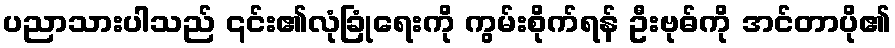
ပညာသားပါသည် ၎င်း၏လုံခြုံရေးကို ကွမ်းစိုက်ရန် ဦးဗုဓ်ကို အင်တာပို၏